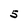
Character: 5